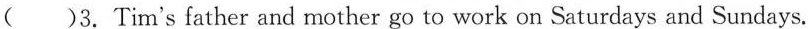
( )3. Tim's father and mother go to work on Saturdays and Sundays.